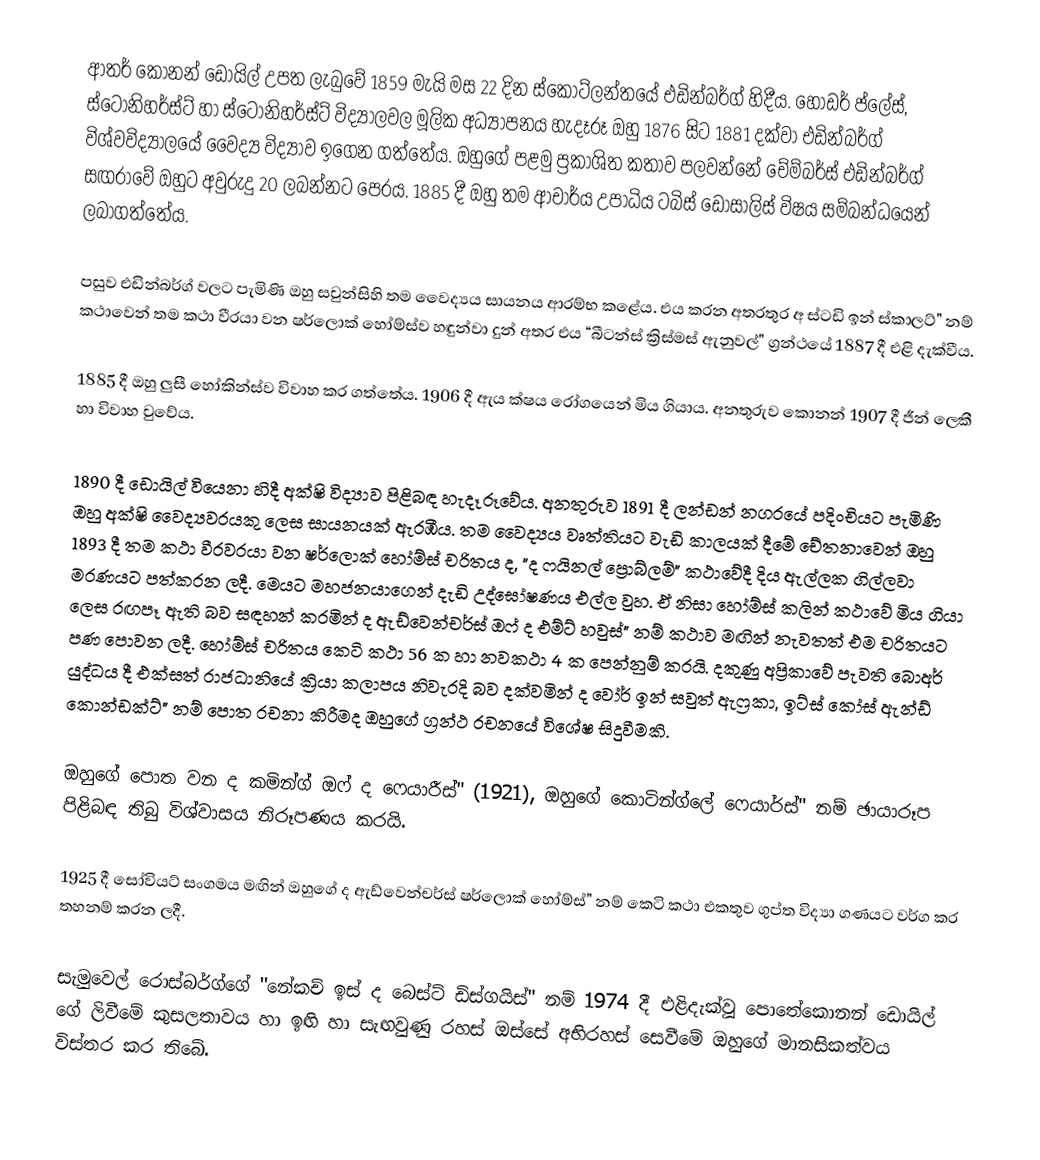
ආතර් කොනන් ඩොයිල් උපත ලැබුවේ 1859 මැයි මස 22 දින ස්කොට්ලන්තයේ එඩින්බර්ග් හිදීය. හොඩර් ප්ලේස්, ස්ටෝනිහර්ස්ට් හා ස්ටෝනිහර්ස්ට් විද්‍යාලවල මූලික අධ්‍යාපනය හැදෑරූ ඔහු 1876 සිට 1881 දක්වා එඩින්බර්ග් විශ්වවිද්‍යාලයේ වෛද්‍ය විද්‍යාව ඉගෙන ගත්තේය. ඔහුගේ පළමු ප්‍රකාශිත කතාව පලවන්නේ චේම්බර්ස් එඩින්බර්ග් සඟරාවේ ඔහුට අවුරුදු 20 ලබන්නට පෙරය. 1885 දී ඔහු තම ආචාර්ය උපාධිය ටබිස් ඩොසාලිස් විෂය සම්බන්ධයෙන් ලබාගත්තේය.

පසුව එඩින්බර්ග් වලට පැමිණි ඔහු සවුන්සිහි තම වෛද්‍යය සායනය ආරම්භ කළේය. එය කරන අතරතුර අ ස්ටඩි ඉන් ස්කාලට්" නම් කථාවෙන් තම කථා වීරයා වන ෂර්ලොක් හෝම්ස්ව හඳුන්වා දුන් අතර එය “බීටන්ස් ක්‍රිස්මස් ඇනුවල්" ග්‍රන්ථයේ 1887 දී එළි දැක්වීය.

1885 දී ඔහු ලුසී හෝකින්ස්ව විවාහ කර ගත්තේය. 1906 දී ඇය ක්ෂය රෝගයෙන් මිය ගියාය. අනතුරුව කොනන් 1907 දී ජීන් ලෙකී හා විවාහ වුවේය.

1890 දී ඩොයිල් වියෙනා හිදී අක්ෂි විද්‍යාව පිළිබඳ හැදෑරූවේය. අනතුරුව 1891 දී ලන්ඩන් නගරයේ පදිංචියට පැමිණි ඔහු අක්ෂි වෛද්‍යවරයකු ලෙස සායනයක් ඇරඹීය. තම වෛද්‍යය වෘත්තියට වැඩි කාලයක් දීමේ චේතනාවෙන් ඔහු 1893 දී තම කථා වීරවරයා වන ෂර්ලොක් හෝම්ස් චරිතය ද, "ද ෆයිනල් ප්‍රොබ්ලම්" කථාවේදී දිය ඇල්ලක ගිල්ලවා මරණයට පත්කරන ලදී. මෙයට මහජනයාගෙන් දැඩි උද්ඝෝෂණය එල්ල වුහ. ඒ නිසා හෝම්ස් කලින් කථාවේ මිය ගියා ලෙස රඟපෑ ඇති බව සඳහන් කරමින් ද ඇඩ්වෙන්චර්ස් ඔෆ් ද එම්ට් හවුස්" නම් කථාව මඟින් නැවතත් එම චරිතයට පණ පොවන ලදී. හෝම්ස් චරිතය කෙටි කථා 56 ක හා නවකථා 4 ක පෙන්නුම් කරයි. දකුණු අප්‍රිකාවේ පැවති බොඅර් යුද්ධය දී එක්සත් රාජධානියේ ක්‍රියා කලාපය නිවැරදි බව දක්වමින් ද වෝර් ඉන් සවුත් ඇෆ්‍රකා, ඉට්ස් කෝස් ඇන්ඩ් කොන්ඩක්ට්" නම් පොත රචනා කිරීමද ඔහුගේ ග්‍රන්ථ රචනයේ විශේෂ සිදුවීමකි.

ඔහුගේ පොත වන ද කමින්ග් ඔෆ් ද ෆෙයාරීස්" (1921), ඔහුගේ කොටින්ග්ලේ ෆෙයාර්ස්" නම් ඡායාරූප පිළිබඳ තිබු විශ්වාසය නිරූපණය කරයි.

1925 දී සෝවියට් සංගමය මඟින් ඔහුගේ ද ඇඩ්වෙන්චර්ස් ෂර්ලොක් හෝම්ස්" නම් කෙටි කථා එකතුව ගුප්ත විද්‍යා ගණයට වර්ග කර තහනම් කරන ලදී.

සැමුවෙල් රොස්බර්ග්ගේ ‍''නේකච් ඉස් ද බෙස්ට් ඩිස්ගයිස්" නම් 1974 දී එළිදැක්වූ පොතේ‍කොනන් ඩොයිල් ගේ ලිවීමේ කුසලතාවය හා ඉඟි හා සැඟවුණු රහස් ඔස්සේ අභිරහස් සෙවීමේ ඔහුගේ මානසිකත්වය විස්තර කර තිබේ.